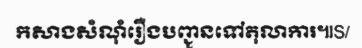
កសាងសំណុំរឿងបញ្ជូនទៅតុលាការ៕S/